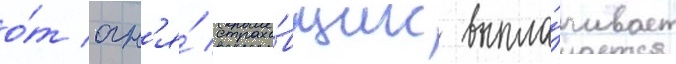
о́т огн'я́ страхо́вщик выпла́чивает